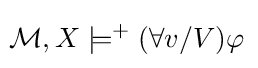
\!{\mathcal {M}},X\models ^{+}(\forall v/V)\varphi